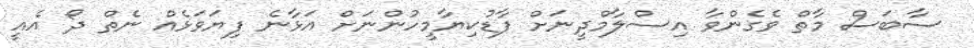
ސާބަސް މާތް ވެގެންވާ އިސްލާމްދީނަށް ފާޑުކިޔާމީހުންނަށް އަޅާނެ ފިޔަވަޅެއް ނެތް ދޯ އެއީ